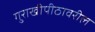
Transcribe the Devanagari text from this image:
गुराखीपीठावरील